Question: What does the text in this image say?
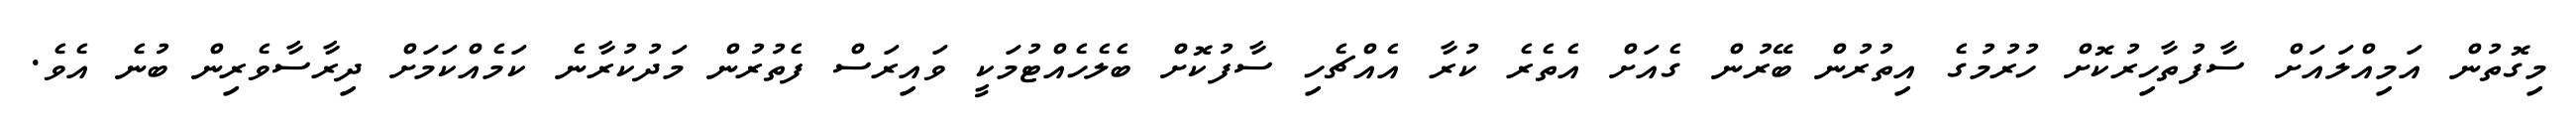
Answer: މިގޮތުން އަމިއްލައަށް ސާފުތާހިރުކޮށް ހުރުމުގެ އިތުރުން ބޭރުން ގެއަށް އެތެރެ ކުރާ އެއްޗެހި ސާފުކޮށް ބެލެހެއްޓުމަކީ ވައިރަސް ފެތުރުން މަދުކުރާނެ ކަމެއްކަމަށް ދިރާސާވެރިން ބުނެ އެވެ.